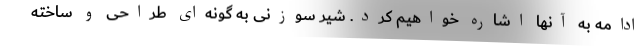
ادامه به آنها اشاره خواهیم کرد. شیر سوزنی به گونه‌ای طراحی و ساخته